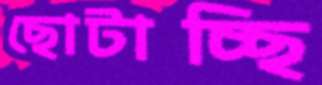
ছোটাচ্ছি